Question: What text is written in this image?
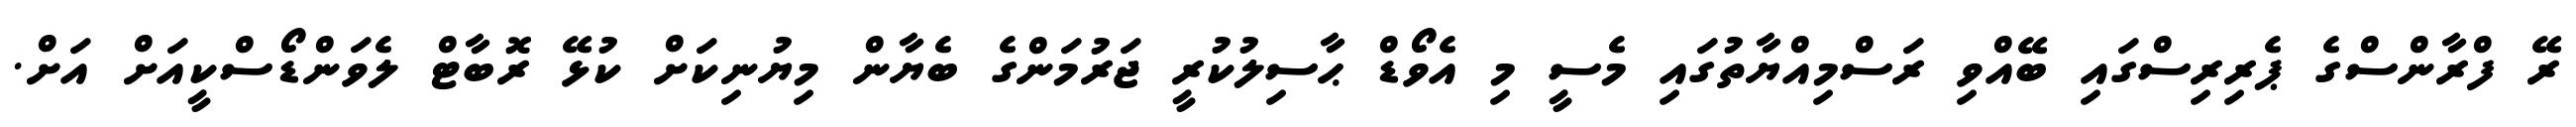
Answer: ރޭ ފްރާންސްގެ ޕެރިރިސްގައި ބޭއްވި ރަސްމިއްޔާތުގައި މެސީ މި އެވޯޑް ޙާސިލުކުރީ ޖަރުމަންގެ ބެޔާން މިޔުނިކަށް ކުޅޭ ރޮބާޓް ލެވަންޑޯސްކީއަށް އަށް.